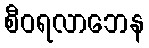
စီဝရလာဘေန